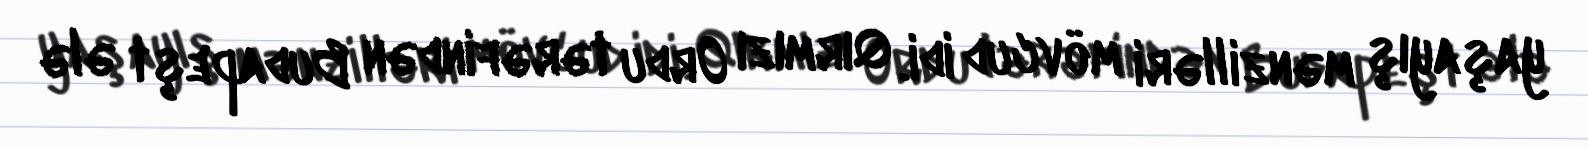
yaşayış mənzilləri mövcud idi. Qırmızı Ordu tərəfindən Budapeşt ələ